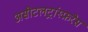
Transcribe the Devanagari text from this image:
असीटलट्रांस्फ़रेस